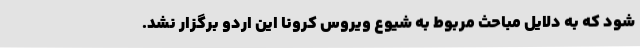
شود که به دلایل مباحث مربوط به شیوع ویروس کرونا این اردو برگزار نشد.